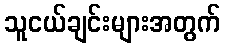
သူငယ်ချင်းများအတွက်